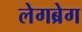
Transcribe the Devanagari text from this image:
लेगब्रेग